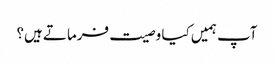
آپ ہمیں کیا وصیت فرماتے ہیں؟